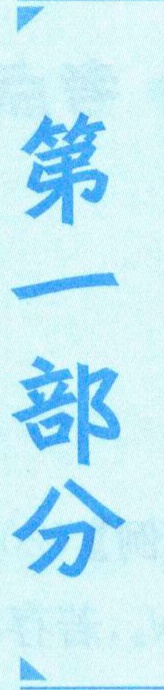
第一部分